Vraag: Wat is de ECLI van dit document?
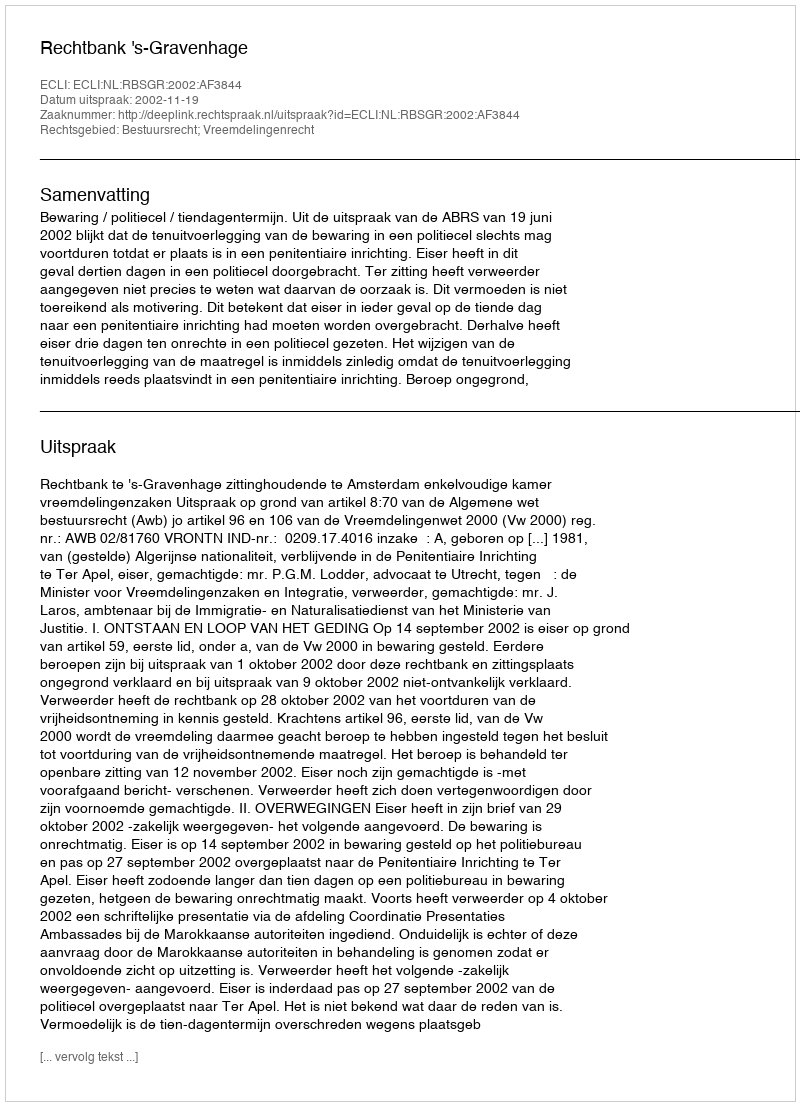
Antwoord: ECLI:NL:RBSGR:2002:AF3844